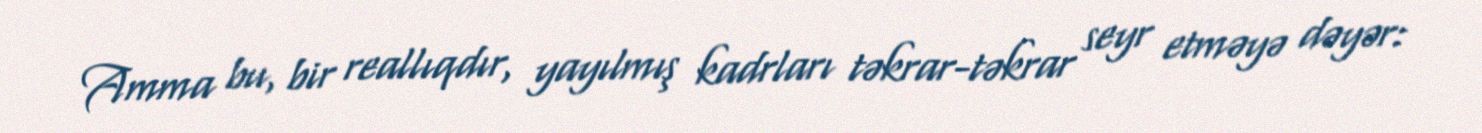
Amma bu, bir reallıqdır, yayılmış kadrları təkrar-təkrar seyr etməyə dəyər: